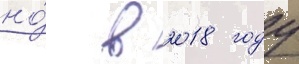
но́ в 2018 году